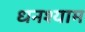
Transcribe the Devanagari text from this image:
धनश्याम